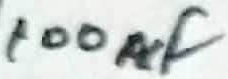
Text: 100nF